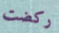
ركضت